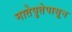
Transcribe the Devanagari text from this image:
नातेपुतेपासून